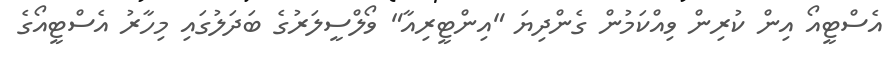
އެސްޓީއޯ އިން ކުރިން ވިއްކަމުން ގެންދިޔަ "އިންޓީރިއާ" ވޯލްސީލަރުގެ ބަދަލުގައި މިހާރު އެސްޓީއޯގެ